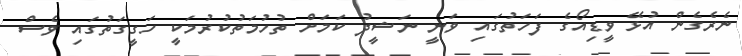
ނެރެގެން އުޅޭ ވީޑިއޯގެ ފަހަތުގައި ވަނީ ނަޝީދު ކަމަށް ތުހުމަތުކުރުމަކީ ހަގީގަތުގައި ވެސް